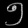
Digit: ၅